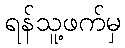
ရန်သူ့ဖက်မှ